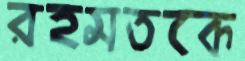
রহমতকে